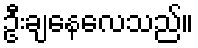
ဦးချနေလေသည်။